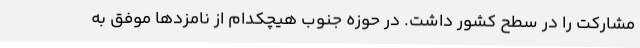
مشارکت را در سطح کشور داشت. در حوزه جنوب هیچکدام از نامزدها موفق به